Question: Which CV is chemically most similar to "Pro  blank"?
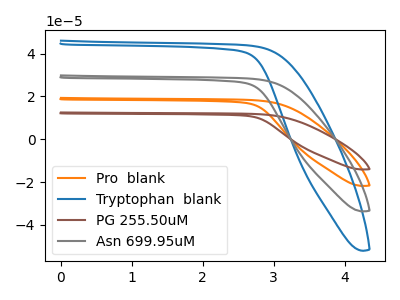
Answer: <think>The orange curve "Pro  blank" has no peaks. The blue curve "Tryptophan  blank" has no peaks. The brown curve "PG 255.50uM" has no peaks. The gray curve "Asn 699.95uM" has no peaks.
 Neither "Pro  blank" or "Tryptophan  blank" have any peaks. Neither "Pro  blank" or "PG 255.50uM" have any peaks. Neither "Pro  blank" or "Asn 699.95uM" have any peaks. Neither "Tryptophan  blank" or "PG 255.50uM" have any peaks. Neither "Tryptophan  blank" or "Asn 699.95uM" have any peaks. Neither "PG 255.50uM" or "Asn 699.95uM" have any peaks.</think>
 <answer>"Pro  blank", "PG 255.50uM" and "Asn 699.95uM" have a similar shape to "Tryptophan  blank".</answer>
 <eval>"Pro  blank" "PG 255.50uM" "Asn 699.95uM"</eval>